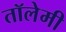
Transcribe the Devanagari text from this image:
तॉलेमी